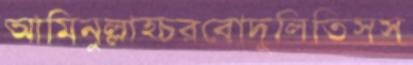
আমিনুল্লাহ্চরবোদুলিতিসস